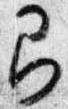
即